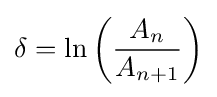
\delta =\ln \left({\frac {A_{n}}{A_{n+1}}}\right)